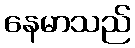
နေမာသည်